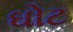
ઘોટ